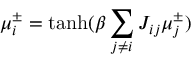
\mu _ { i } ^ { \pm } = \operatorname { t a n h } ( \beta \sum _ { j \neq i } J _ { i j } \mu _ { j } ^ { \pm } )